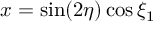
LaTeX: x = \sin ( 2 \eta ) \cos \xi _ { 1 }